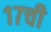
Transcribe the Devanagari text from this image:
१७ची